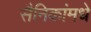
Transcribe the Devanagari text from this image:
सैनिकांमधे